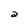
Character: a